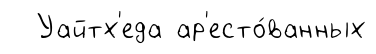
Уайтх'еда ар'есто́ванных